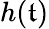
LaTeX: h(\mathfrak{t})